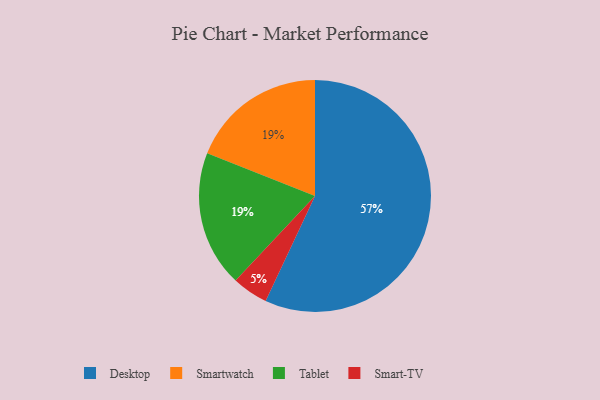
{"axis": {"x": "Category", "y": "Percentage"}, "legend": ["Desktop", "Smart-TV", "Smartwatch", "Tablet"], "data": [{"x": "Desktop", "y": 57, "type": "Desktop"}, {"x": "Smart-TV", "y": 5, "type": "Smart-TV"}, {"x": "Smartwatch", "y": 19, "type": "Smartwatch"}, {"x": "Tablet", "y": 19, "type": "Tablet"}]}